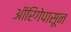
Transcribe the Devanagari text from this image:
ऑरिगेपासून